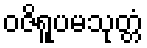
ဝဇိရူပမသုတ္တံ